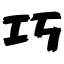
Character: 巧